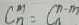
C _ { n } ^ { m } = C _ { n } ^ { n - m }